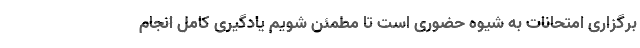
برگزاری امتحانات به شیوه حضوری است تا مطمئن شویم یادگیری کامل انجام